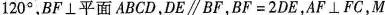
1 2 0 °$$，BF \bot 平面 ABCD，DE \parallel BF，$$B F = 2 D E$$，AF\bot FC，M